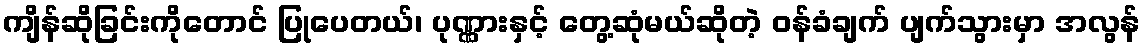
ကျိန်ဆိုခြင်းကိုတောင် ပြုပေတယ်၊ ပုဏ္ဏားနှင့် တွေ့ဆုံမယ်ဆိုတဲ့ ဝန်ခံချက် ပျက်သွားမှာ အလွန်